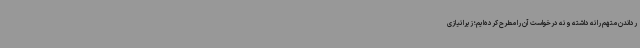
رداندن متهم را نه داشته و نه درخواست آن را مطرح کرده‌ایم؛ زیرا نیازی